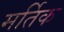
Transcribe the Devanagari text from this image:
मर्तिक